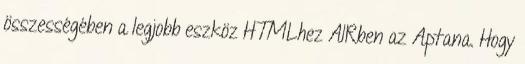
összességében a legjobb eszköz HTMLhez AIRben az Aptana. Hogy